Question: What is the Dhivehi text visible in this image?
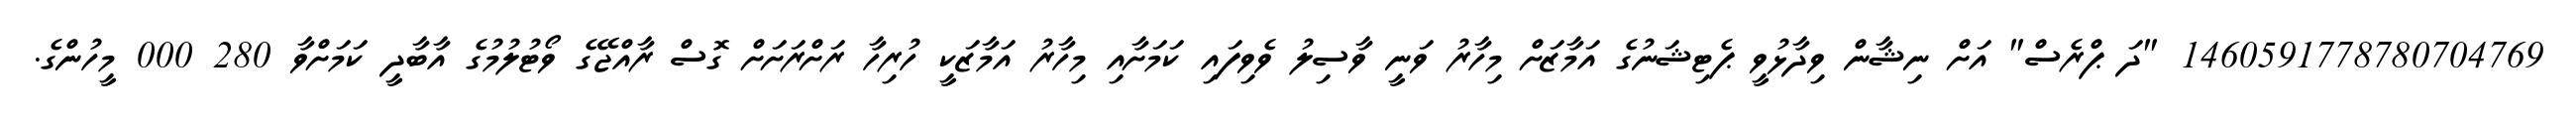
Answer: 1460591778780704769 "ދަ ޕްރެސް" އަށް ނިޝާން ވިދާޅުވީ ޕެޓިޝަނުގެ އަމާޒަށް މިހާރު ވަނީ ވާސިލު ވެވިފައި ކަމަށާއި މިހާރު އަމާޒަކީ ހުރިހާ ރަށްރަށަށް ގޮސް ރާއްޖޭގެ ވޯޓުލުމުގެ އާބާދީ ކަމަށްވާ 280 000 މީހުންގެ.